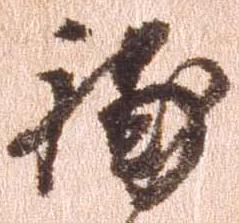
補